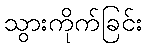
သွားကိုက်ခြင်း